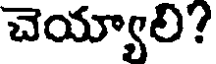
చెయ్యాలి?